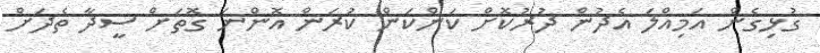
ގުޅިގެން އަމިއްލަ އެދުން ދުރުކޮށް ކަންކަން ކުރަން އޮންނަ ގޮތަށް ސީދާ ތެދަށް